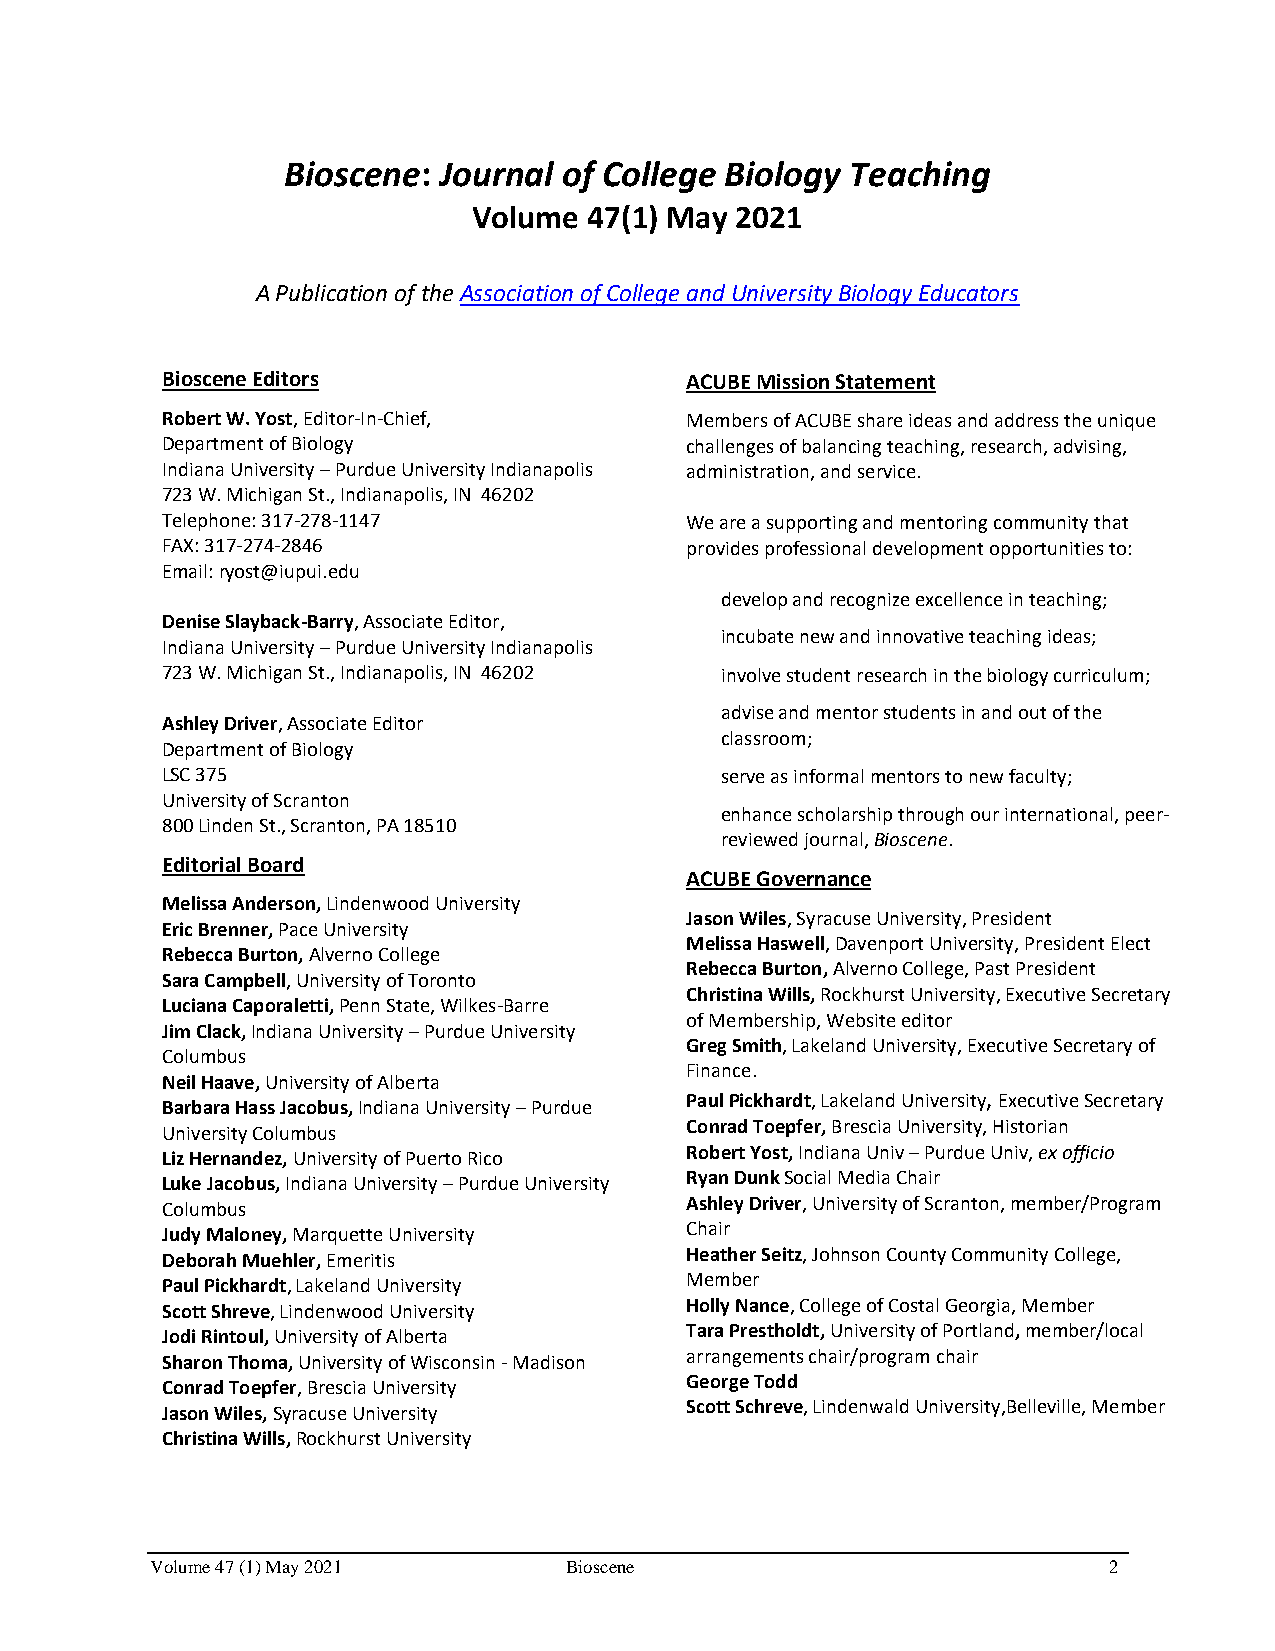
Bioscene: Journal of College Biology Teaching
 Volume  47(1) May 2021
 A Publication of the Association of College and University Biology Educators
 Bioscene Editors                  ACUBE Mission Statement
 Robert W. Yost, Editor-In-Chief,  Members of ACUBE share ideas and address the unique
 Department of Biology             challenges of balancing teaching, research, advising,
 Indiana University – Purdue University Indianapolis administration, and service.
 723 W. Michigan St., Indianapolis, IN 46202
 Telephone: 317-278-1147           We are a supporting and mentoring community that
 FAX: 317-274-2846                 provides professional development opportunities to:
 Email: ryost@iupui.edu
 develop and recognize excellence in teaching;
 Denise Slayback-Barry, Associate Editor,
 incubate new and innovative teaching ideas;
 Indiana University – Purdue University Indianapolis
 723 W. Michigan St., Indianapolis, IN 46202 involve student research in the biology curriculum;
 advise and mentor students in and out of the
 Ashley Driver, Associate Editor
 classroom;
 Department of Biology
 LSC 375                              serve as informal mentors to new faculty;
 University of Scranton
 enhance scholarship through our international, peer-
 800 Linden St., Scranton, PA 18510
 reviewed journal, Bioscene.
 Editorial Board
 ACUBE Governance
 Melissa Anderson, Lindenwood University
 Jason Wiles, Syracuse University, President
 Eric Brenner, Pace University
 Melissa Haswell, Davenport University, President Elect
 Rebecca Burton, Alverno College
 Rebecca Burton, Alverno College, Past President
 Sara Campbell, University of Toronto
 Christina Wills, Rockhurst University, Executive Secretary
 Luciana Caporaletti, Penn State, Wilkes-Barre
 of Membership, Website editor
 Jim Clack, Indiana University – Purdue University
 Greg Smith, Lakeland University, Executive Secretary of
 Columbus
 Finance.
 Neil Haave, University of Alberta
 Paul Pickhardt, Lakeland University, Executive Secretary
 Barbara Hass Jacobus, Indiana University – Purdue
 University Columbus               Conrad Toepfer, Brescia University, Historian
 Liz Hernandez, University of Puerto Rico Robert Yost, Indiana Univ – Purdue Univ, ex officio
 Luke Jacobus, Indiana University – Purdue University Ryan Dunk Social Media Chair
 Columbus                          Ashley Driver, University of Scranton, member/Program
 Judy Maloney, Marquette University Chair
 Deborah Muehler, Emeritis         Heather Seitz, Johnson County Community College,
 Paul Pickhardt, Lakeland University Member
 Scott Shreve, Lindenwood University Holly Nance, College of Costal Georgia, Member
 Jodi Rintoul, University of Alberta Tara Prestholdt, University of Portland, member/local
 Sharon Thoma, University of Wisconsin - Madison arrangements chair/program chair
 Conrad Toepfer, Brescia University George Todd
 Jason Wiles, Syracuse University  Scott Schreve, Lindenwald University,Belleville, Member
 Christina Wills, Rockhurst University
 Volume 47 (1) May 2021     Bioscene                            2